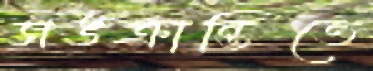
সঙক্রান্তিতে